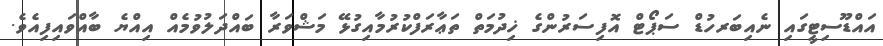
އައްޑޫސިޓީގައި ނެއިބަރހުޑް ސަޕޯޓް އޮފިސަރުންގެ ޚިދުމަތް ތަޢާރަފްކުރުމާއިގުޅޭ މަޝްވަރާ ބައްދަލުވުމެއް އިއްޔެ ބާއްވައިފިއެވެ.